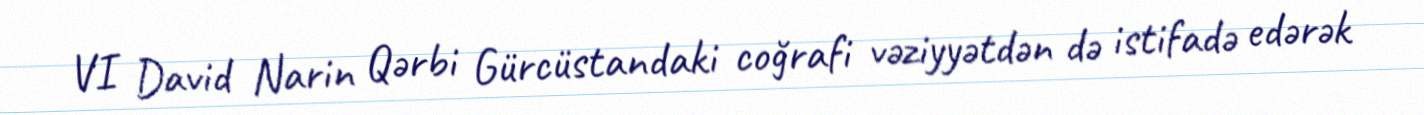
VI David Narin Qərbi Gürcüstandaki coğrafi vəziyyətdən də istifadə edərək